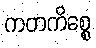
ကတကိစ္စေ